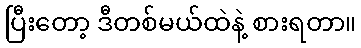
ပြီးတော့ ဒီတစ်မယ်ထဲနဲ့ စားရတာ။